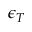
\epsilon _ { T }